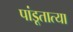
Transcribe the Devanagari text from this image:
पांडूतात्या